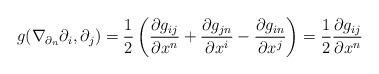
LaTeX: \begin{align*} g(\nabla_{\partial_n}\partial_i, \partial_j) = \frac{1}{2}\left(\frac{\partial g_{ij}}{\partial x^n} + \frac{\partial g_{jn}}{\partial x^i} - \frac{\partial g_{in}}{\partial x^j}\right) = \frac{1}{2}\frac{\partial g_{ij}}{\partial x^n} \end{align*}